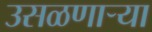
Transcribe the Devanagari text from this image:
उसळणार्‍या